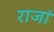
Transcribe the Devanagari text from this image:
राजां